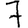
Digit: 7